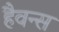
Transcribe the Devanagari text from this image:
हैवन्स